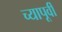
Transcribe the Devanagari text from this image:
च्यापूर्वी